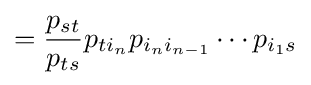
={\frac {p_{st}}{p_{ts}}}p_{ti_{n}}p_{i_{n}i_{n-1}}\cdots p_{i_{1}s}